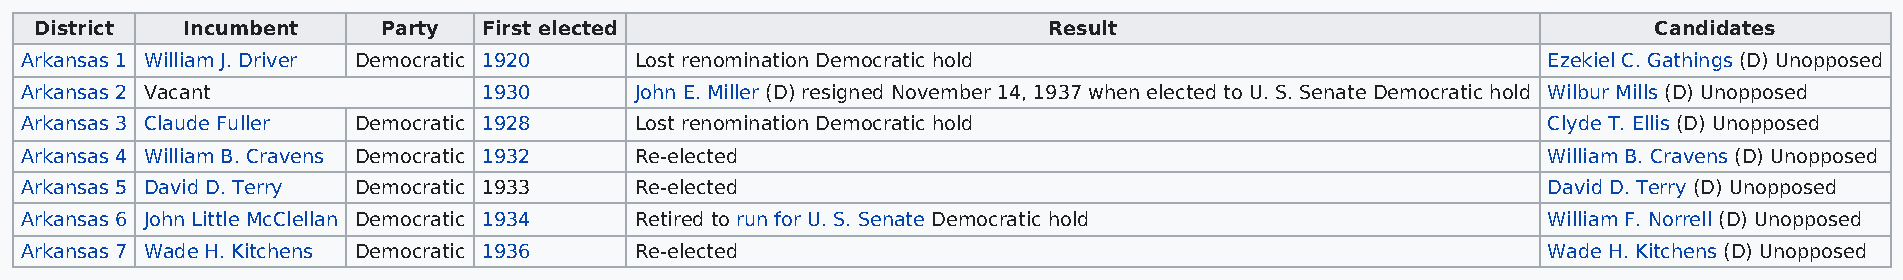
District  Incumbent    Party  First elected                        Result                                  Candidates
 Arkansas 1 William J. Driver Democratic 1920 Lost renomination Democratic hold                       Ezekiel C. Gathings (D) Unopposed
 Arkansas 2 Vacant              1930      John E. Miller (D) resigned November 14, 1937 when elected to U. S. Senate Democratic hold Wilbur Mills (D) Unopposed
 Arkansas 3 Claude Fuller Democratic 1928 Lost renomination Democratic hold                           Clyde T. Ellis (D) Unopposed
 Arkansas 4 William B. Cravens Democratic 1932 Re-elected                                             William B. Cravens (D) Unopposed
 Arkansas 5 David D. Terry Democratic 1933 Re-elected                                                 David D. Terry (D) Unopposed
 Arkansas 6 John Little McClellan Democratic 1934 Retired to run for U. S. Senate Democratic hold     William F. Norrell (D) Unopposed
 Arkansas 7 Wade H. Kitchens Democratic 1936 Re-elected                                               Wade H. Kitchens (D) Unopposed